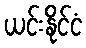
ယင်းနိုင်ငံ